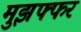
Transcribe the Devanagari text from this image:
मुझफ्फर